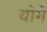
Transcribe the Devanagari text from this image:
योगें